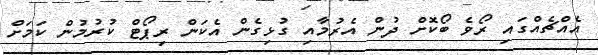
އެއްޗެއްގައި ރޯވެ ބޯކޮށް ދުން އެރުމާއި ގުޅިގެން އެކަން ރިޕޯޓް ކުރުމުން ކަމަށް